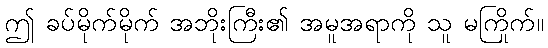
ဤ ခပ်မိုက်မိုက် အဘိုးကြီး၏ အမူအရာကို သူ မကြိုက်။